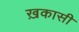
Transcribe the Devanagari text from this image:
ख़कासी